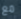
مع